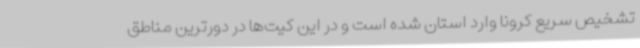
تشخیص سریع کرونا وارد استان شده است و در این کیت‌ها در دورترین مناطق